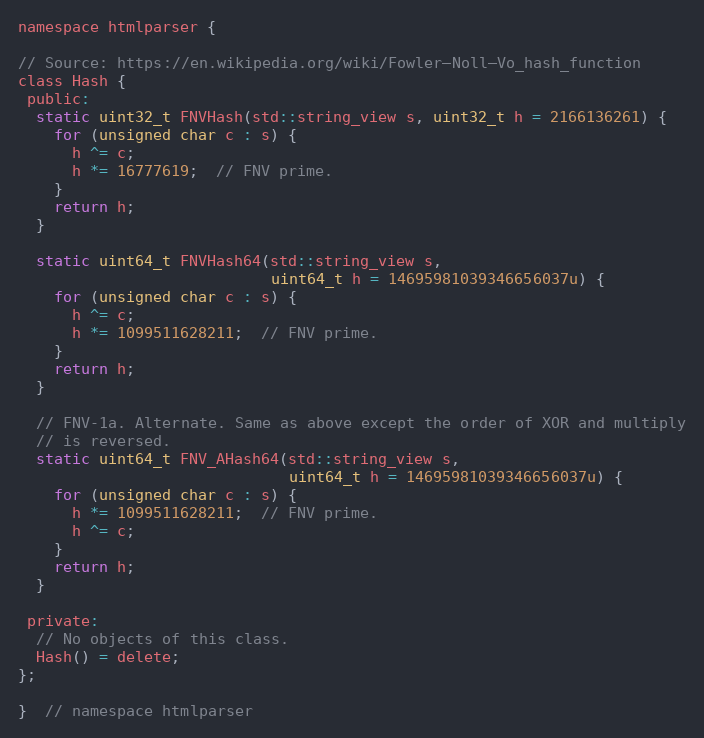
Language: C
namespace htmlparser {

// Source: https://en.wikipedia.org/wiki/Fowler–Noll–Vo_hash_function
class Hash {
 public:
  static uint32_t FNVHash(std::string_view s, uint32_t h = 2166136261) {
    for (unsigned char c : s) {
      h ^= c;
      h *= 16777619;  // FNV prime.
    }
    return h;
  }

  static uint64_t FNVHash64(std::string_view s,
                            uint64_t h = 14695981039346656037u) {
    for (unsigned char c : s) {
      h ^= c;
      h *= 1099511628211;  // FNV prime.
    }
    return h;
  }

  // FNV-1a. Alternate. Same as above except the order of XOR and multiply
  // is reversed.
  static uint64_t FNV_AHash64(std::string_view s,
                              uint64_t h = 14695981039346656037u) {
    for (unsigned char c : s) {
      h *= 1099511628211;  // FNV prime.
      h ^= c;
    }
    return h;
  }

 private:
  // No objects of this class.
  Hash() = delete;
};

}  // namespace htmlparser